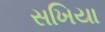
સખિયા